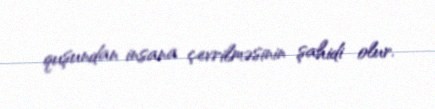
quşundan insana çevrilməsinin şahidi olur.